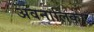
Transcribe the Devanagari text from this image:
अवनालिका